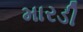
મારડી